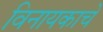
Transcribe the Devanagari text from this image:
विनायकाचे